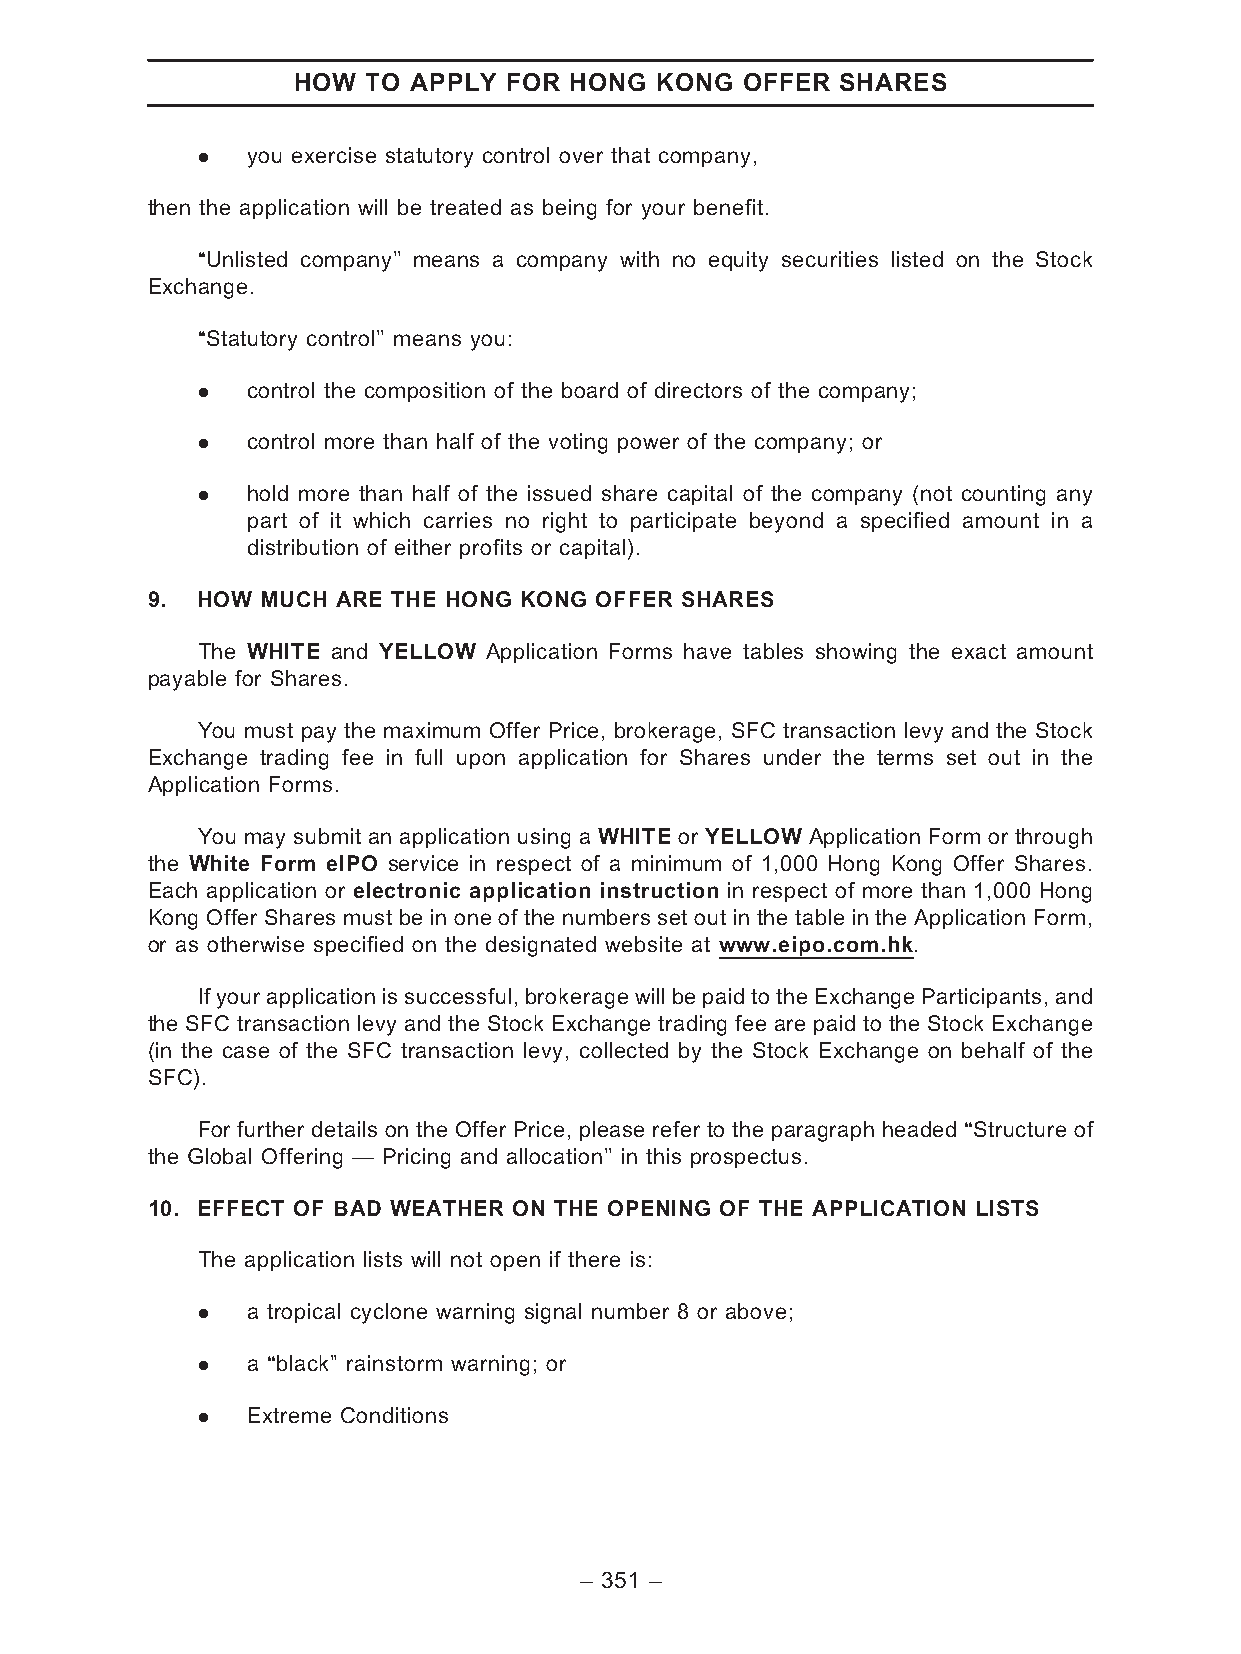
HOW  TO APPLY FOR  HONG KONG  OFFER  SHARES
 .  you exercise statutory control over that company,
 then the application will be treated as being for your benefit.
 ‘‘Unlisted company’’ means a company with no equity securities listed on the Stock
 Exchange.
 ‘‘Statutory control’’ means you:
 .  control the composition of the board of directors of the company;
 .  control more than half of the voting power of the company; or
 .  hold more than half of the issued share capital of the company (not counting any
 part of it which carries no right to participate beyond a specified amount in a
 distribution of either profits or capital).
 9. HOW MUCH ARE THE HONG KONG OFFER SHARES
 The WHITE and YELLOW Application Forms have tables showing the exact amount
 payable for Shares.
 You must pay the maximum Offer Price, brokerage, SFC transaction levy and the Stock
 Exchange trading fee in full upon application for Shares under the terms set out in the
 Application Forms.
 You may submit an application using a WHITE or YELLOW Application Form or through
 the White Form eIPO service in respect of a minimum of 1,000 Hong Kong Offer Shares.
 Each application or electronic application instruction in respect of more than 1,000 Hong
 Kong Offer Shares must be in one of the numbers set out in the table in the Application Form,
 or as otherwise specified on the designated website at www.eipo.com.hk.
 Ifyourapplicationissuccessful,brokeragewillbepaidtotheExchangeParticipants,and
 the SFC transaction levy and the Stock Exchange trading fee are paid to the Stock Exchange
 (in the case of the SFC transaction levy, collected by the Stock Exchange on behalf of the
 SFC).
 For further details on the Offer Price, please refer to the paragraph headed ‘‘Structure of
 the Global Offering — Pricing and allocation’’ in this prospectus.
 10. EFFECT OF BAD WEATHER ON THE OPENING OF THE APPLICATION LISTS
 The application lists will not open if there is:
 .  a tropical cyclone warning signal number 8 or above;
 .  a ‘‘black’’ rainstorm warning; or
 .  Extreme Conditions
 – 351 –